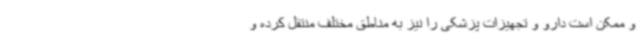
و ممکن است دارو و تجهیزات پزشکی را نیز به مناطق مختلف منتقل کرده و